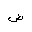
Letter: _dad